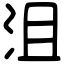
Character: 沮